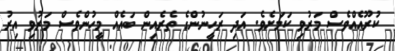
ކުރޫއެއްވެސް މަރުވި ކަމަށެވެ. އަދި ރަހީނުންގެ ތެރެއިން ބައެއް މީހުންވެސް މަރުވި އިރު